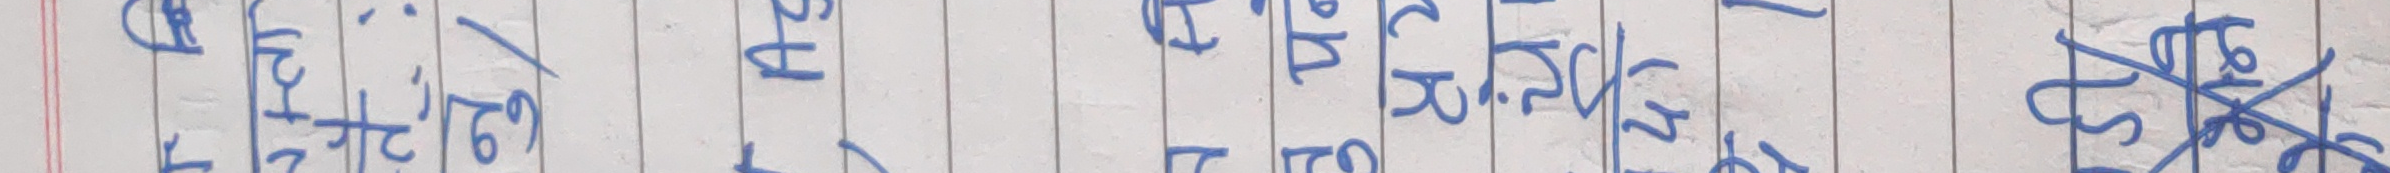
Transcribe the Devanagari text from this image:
धोके। √७० ऐ ऐ ऐ